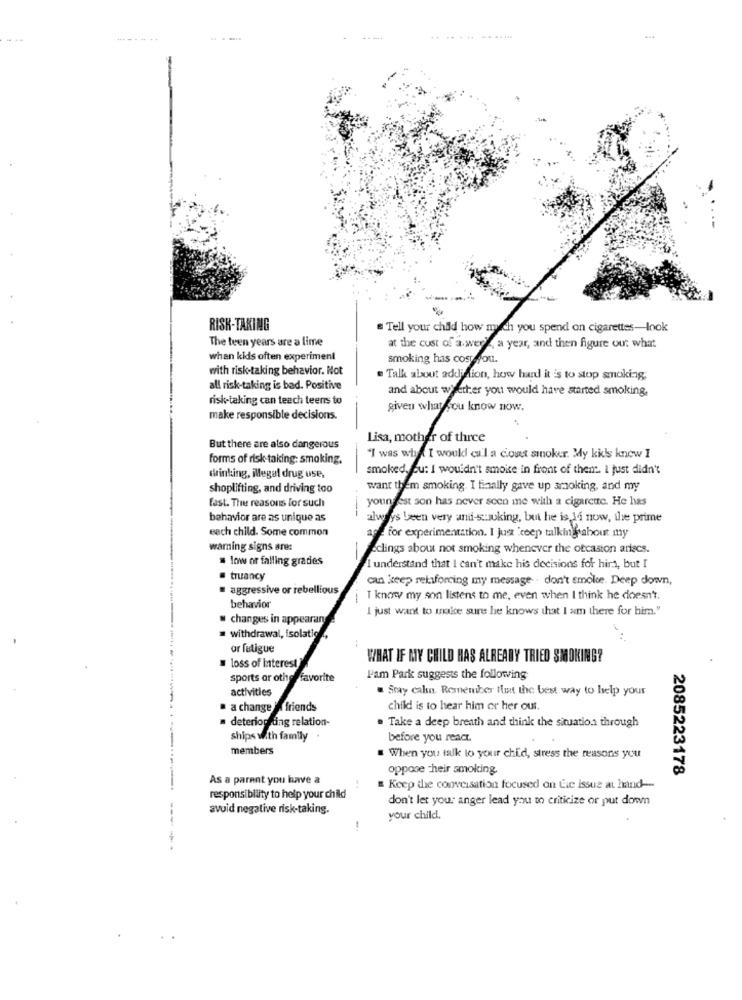
---
RISK-TAKING
# Tell your child how much you spend on cigarettes-look
The teen years are a lime
at the cust of a werl ,a year, and then figure out what
when kids often experiment
smoking has cost you.
with risk-taking behavior. Not
. Talk about addiffon, how hard it is to stop smoking,
all risk-taking is bad. Positive
and about whether you would have started smoking,
risk-taking can teach teens to
given what you know now.
make responsible decisions.
Lisa, mother of three
But there are also dangerous
forms of risk-taking: smoking.
"I was what I would call a cout smoker. My kids knew I
-
smoked, ou: I wouldn't smoise in front of then'. I just didn't
drinking, Megal drug use,
shoplifting, and driving too
want them smoking. I finally gave up smoking, and my
youn'est son has never seen me with a cigarette. He has
fast. The reasons for such
behavior are as unique as
always been very and-s .: woking, but he is 14 now, the prime
each child. Some common
for experimentation. I just 'keep talking about my
warning signs are:
sclings about not smoking whenever the otcaston arlecs.
. low or falling grades
I understand that I can't make his decisions for hirt, but I
truancy
can keep reksforcing my message- don't smoke. Deep down,
aggressive or rebellious
T know my son listens to me, even when I think he doesn't.
behavior
I just want to make sure he knows that I am there for him."
w changes in appearan
withdrawal, isolatio
ar fatigue
WHAT IF MY CHILD HAS ALREADY TRIED SMOKING?
loss of interest
sports or otherfavorite
Pam Park suggests the following
activities
Stay cake. Remember flut the best way to help your
a change " friends
child is to hear him or her our.
· deterior ding relation-
Take a deep breath and think the situation through
ships with family
before you react.
members
When you talk to your child, stress the reasons you
oppose Their smoking.
2085223178
As a parent you have a
Keep the conversation focused on Lie issue at hand --
responsibility to help your child
don't let your anger lead you to criticize or put donm
--
avoid negative risk-taking.
your child,